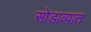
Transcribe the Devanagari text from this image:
सोडाव्यात